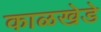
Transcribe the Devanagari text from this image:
काळखेडे